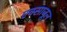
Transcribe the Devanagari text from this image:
एक्साजूल